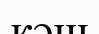
кәш